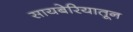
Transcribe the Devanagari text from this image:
सायबेरियातून